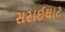
સરાઈઘાટ